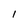
Character: l